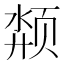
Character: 颒